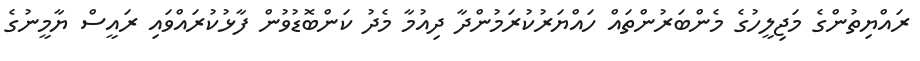
ރައްޔިތުންގެ މަޖިލީހުގެ މެންބަރުންތައް ހައްޔަރުކުރަމުންދާ ދިއުމާ މެދު ކަންބޮޑުވުން ފާޅުކުރައްވައި ރައީސް ޔާމީނުގެ